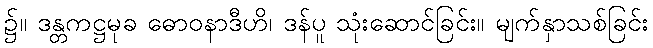
၌။ ဒန္တကဋ္ဌမုခ ဓောဝနာဒီဟိ၊ ဒန်ပူ သုံးဆောင်ခြင်း။ မျက်နှာသစ်ခြင်း